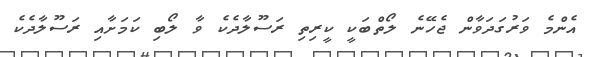
އެންމެ ވަރުގަދަވާން ޖެހޭނެ ލޯތްބަކީ ކީރިތި ރަސޫލާދެކެ ވާ ލޯބި ކަމަށާއި ރަސޫލާދެކެ